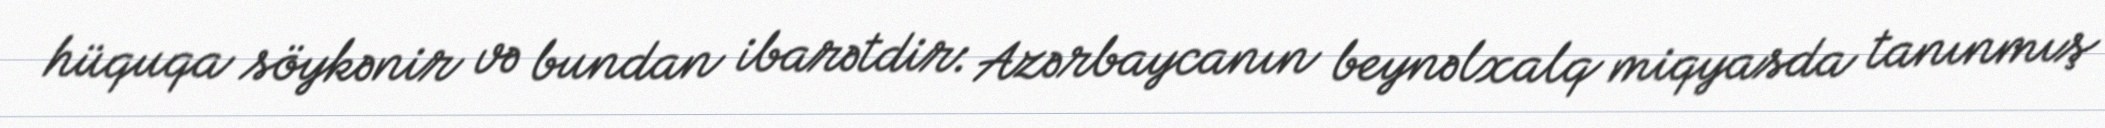
hüquqa söykənir və bundan ibarətdir: Azərbaycanın beynəlxalq miqyasda tanınmış